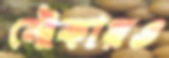
নৌকায়ও